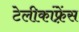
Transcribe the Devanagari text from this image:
टेलीकांफ़्रेंस